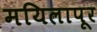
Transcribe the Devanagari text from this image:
मयिलापूर